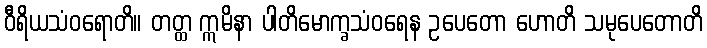
ဝီရိယသံဝရောတိ။ တတ္ထ ဣမိနာ ပါတိမောက္ခသံဝရေန ဥပေတော ဟောတိ သမုပေတောတိ